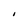
Character: I